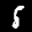
Label: 5